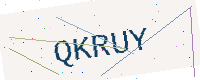
Text: QKRUY